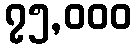
၇၅,၀၀၀